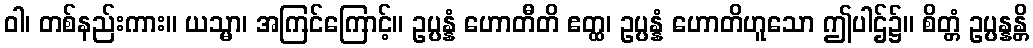
ဝါ၊ တစ်နည်းကား။ ယသ္မာ၊ အကြင်ကြောင့်။ ဥပ္ပန္နံ ဟောတီတိ ဧတ္ထ၊ ဥပ္ပန္နံ ဟောတိဟူသော ဤပါဌ်၌။ စိတ္တံ ဥပ္ပန္နန္တိ